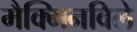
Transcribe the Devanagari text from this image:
मैक्मिनविले